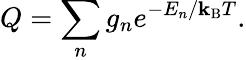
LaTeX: Q=\sum_{n}g_{n}e^{-E_{n}/\mathbf{k}_{\mathrm{{B}}}T}.